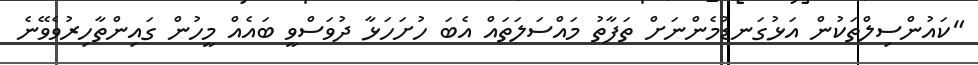
"ކައުންސިލްތަކުން އަޅުގަނޑުމެންނަށް ތަފާތު މައްސަލަތައް އެބަ ހުށަހަޅާ ދުވަސްވީ ބައެއް މީހުން ގައިންތާހިރުވެވޭނެ